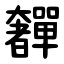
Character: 奲